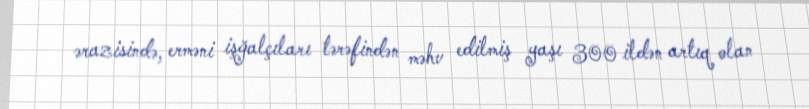
ərazisində, erməni işğalçıları tərəfindən məhv edilmiş yaşı 300 ildən artıq olan